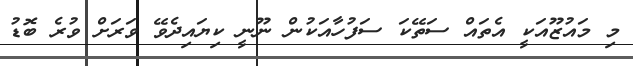
މި މައުޒޫއަކީ އެތައް ސަތޭކަ ސަފުހާއަކުން ނޫނީ ކިޔައިދެވޭ ވަރަށް ވުރެ ބޮޑު